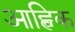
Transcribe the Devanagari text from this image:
आह्विक